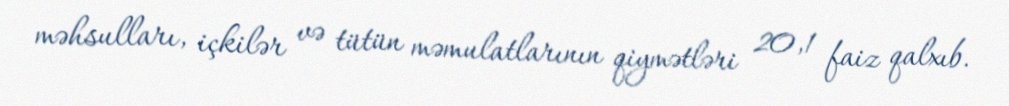
məhsulları, içkilər və tütün məmulatlarının qiymətləri 20,1 faiz qalxıb.